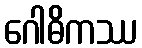
ဂေါဓိကဿ